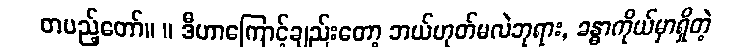
တပည့်တော်။ ။ ဒီဟာကြောင့်ချည်းတော့ ဘယ်ဟုတ်မလဲဘုရား, ခန္ဓာကိုယ်မှာရှိတဲ့